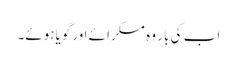
اب کی بار وہ مسکرائے اورگویاہوئے۔